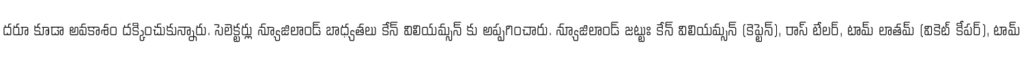
దరూ కూడా అవకాశం దక్కించుకున్నారు. సెలెక్టర్లు న్యూజిలాండ్ బాధ్యతలు కేన్ విలియమ్సన్ కు అప్పగించారు. న్యూజిలాండ్ జట్టుః కేన్ విలియమ్సన్ (కెప్టెన్), రాస్ టేలర్, టామ్ లాతమ్ (వికెట్ కీపర్), టామ్